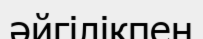
әйгілікпен